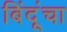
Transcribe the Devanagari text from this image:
बिंदूंचा